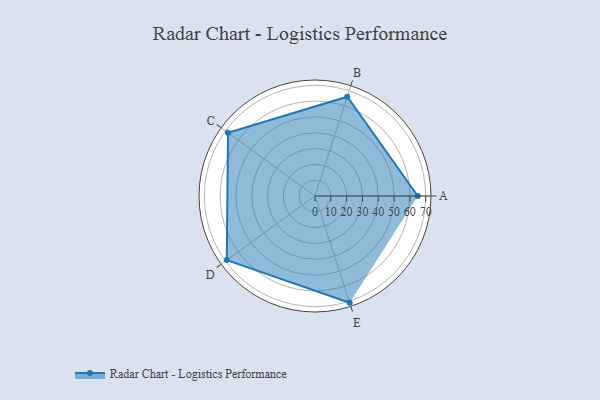
{"axis": {"x": "Skill", "y": "Score"}, "legend": ["Profile"], "data": [{"x": "A", "y": 65.0, "type": "Profile"}, {"x": "B", "y": 66.0, "type": "Profile"}, {"x": "C", "y": 68.0, "type": "Profile"}, {"x": "D", "y": 69.0, "type": "Profile"}, {"x": "E", "y": 71.0, "type": "Profile"}]}